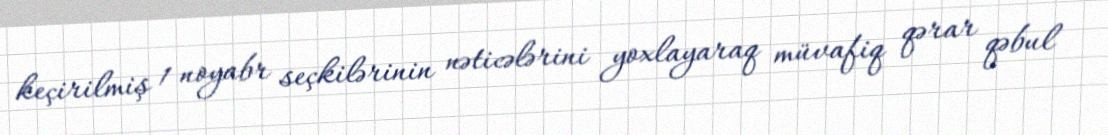
keçirilmiş 1 noyabr seçkilərinin nəticələrini yoxlayaraq müvafiq qərar qəbul